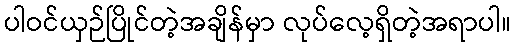
ပါဝင်ယှဉ်ပြိုင်တဲ့အချိန်မှာ လုပ်လေ့ရှိတဲ့အရာပါ။